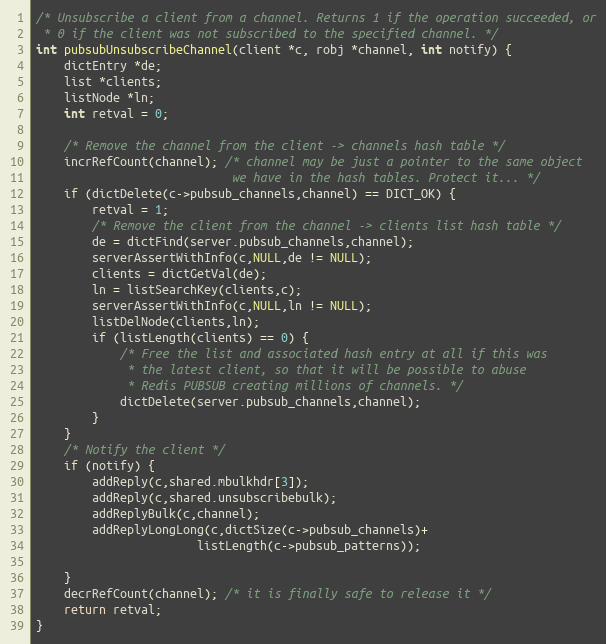
Language: C
/* Unsubscribe a client from a channel. Returns 1 if the operation succeeded, or
 * 0 if the client was not subscribed to the specified channel. */
int pubsubUnsubscribeChannel(client *c, robj *channel, int notify) {
    dictEntry *de;
    list *clients;
    listNode *ln;
    int retval = 0;

    /* Remove the channel from the client -> channels hash table */
    incrRefCount(channel); /* channel may be just a pointer to the same object
                            we have in the hash tables. Protect it... */
    if (dictDelete(c->pubsub_channels,channel) == DICT_OK) {
        retval = 1;
        /* Remove the client from the channel -> clients list hash table */
        de = dictFind(server.pubsub_channels,channel);
        serverAssertWithInfo(c,NULL,de != NULL);
        clients = dictGetVal(de);
        ln = listSearchKey(clients,c);
        serverAssertWithInfo(c,NULL,ln != NULL);
        listDelNode(clients,ln);
        if (listLength(clients) == 0) {
            /* Free the list and associated hash entry at all if this was
             * the latest client, so that it will be possible to abuse
             * Redis PUBSUB creating millions of channels. */
            dictDelete(server.pubsub_channels,channel);
        }
    }
    /* Notify the client */
    if (notify) {
        addReply(c,shared.mbulkhdr[3]);
        addReply(c,shared.unsubscribebulk);
        addReplyBulk(c,channel);
        addReplyLongLong(c,dictSize(c->pubsub_channels)+
                       listLength(c->pubsub_patterns));

    }
    decrRefCount(channel); /* it is finally safe to release it */
    return retval;
}